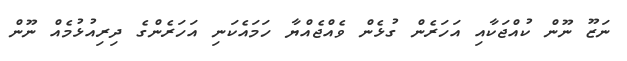
ނަޒޫ ނޫން ކުއްޖަކާއި އަހަރެން ގުޅެން ވެއްޖެއްޔާ ހަމައެކަނި އަހަރެންގެ ދިރިއުޅުމެއް ނޫން